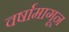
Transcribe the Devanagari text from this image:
वर्षामागून